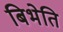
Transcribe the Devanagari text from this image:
बिभेति